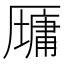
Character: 𫨠